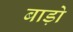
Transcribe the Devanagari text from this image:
बाड़ो